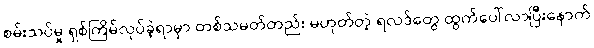
စမ်းသပ်မှု ရှစ်ကြိမ်လုပ်ခဲ့ရာမှာ တစ်သမတ်တည်း မဟုတ်တဲ့ ရလဒ်တွေ ထွက်ပေါ်လာပြီးနောက်